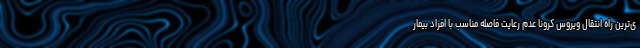
ی‌ترین راه انتقال ویروس کرونا عدم رعایت فاصله مناسب با افراد بیمار